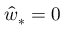
\hat { w } _ { * } = 0